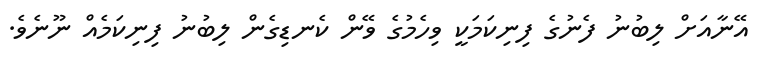
އޭނާއަށް ލިބުނު ފެނުގެ ފިނިކަމަކީ ވިހެމުގެ ވޭން ކެނޑިގެން ލިބުނު ފިނިކަމެއް ނޫނެވެ.